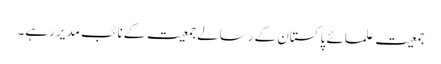
جمعیت علمائے پاکستان کے رسالے جمعیت کے نائب مدیر رہے۔